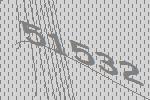
51532